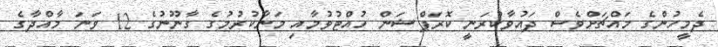
ދެމީހުންގެ މައްޗަށްވެސް ދައުވާކުރަނީ ކޮރަޕްޝަން ހުއްޓުވުމާއި މަނާކުރުމުގެ ގާނޫނުގެ 12 ވަނަ މާއްދާގެ